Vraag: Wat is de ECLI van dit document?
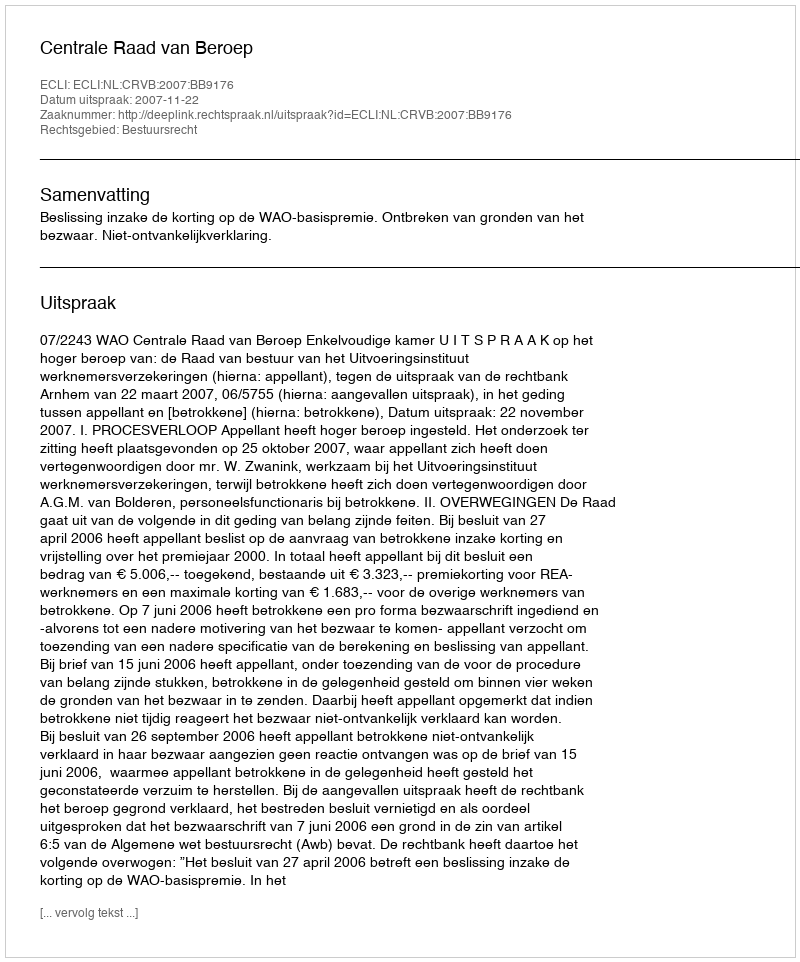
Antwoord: ECLI:NL:CRVB:2007:BB9176